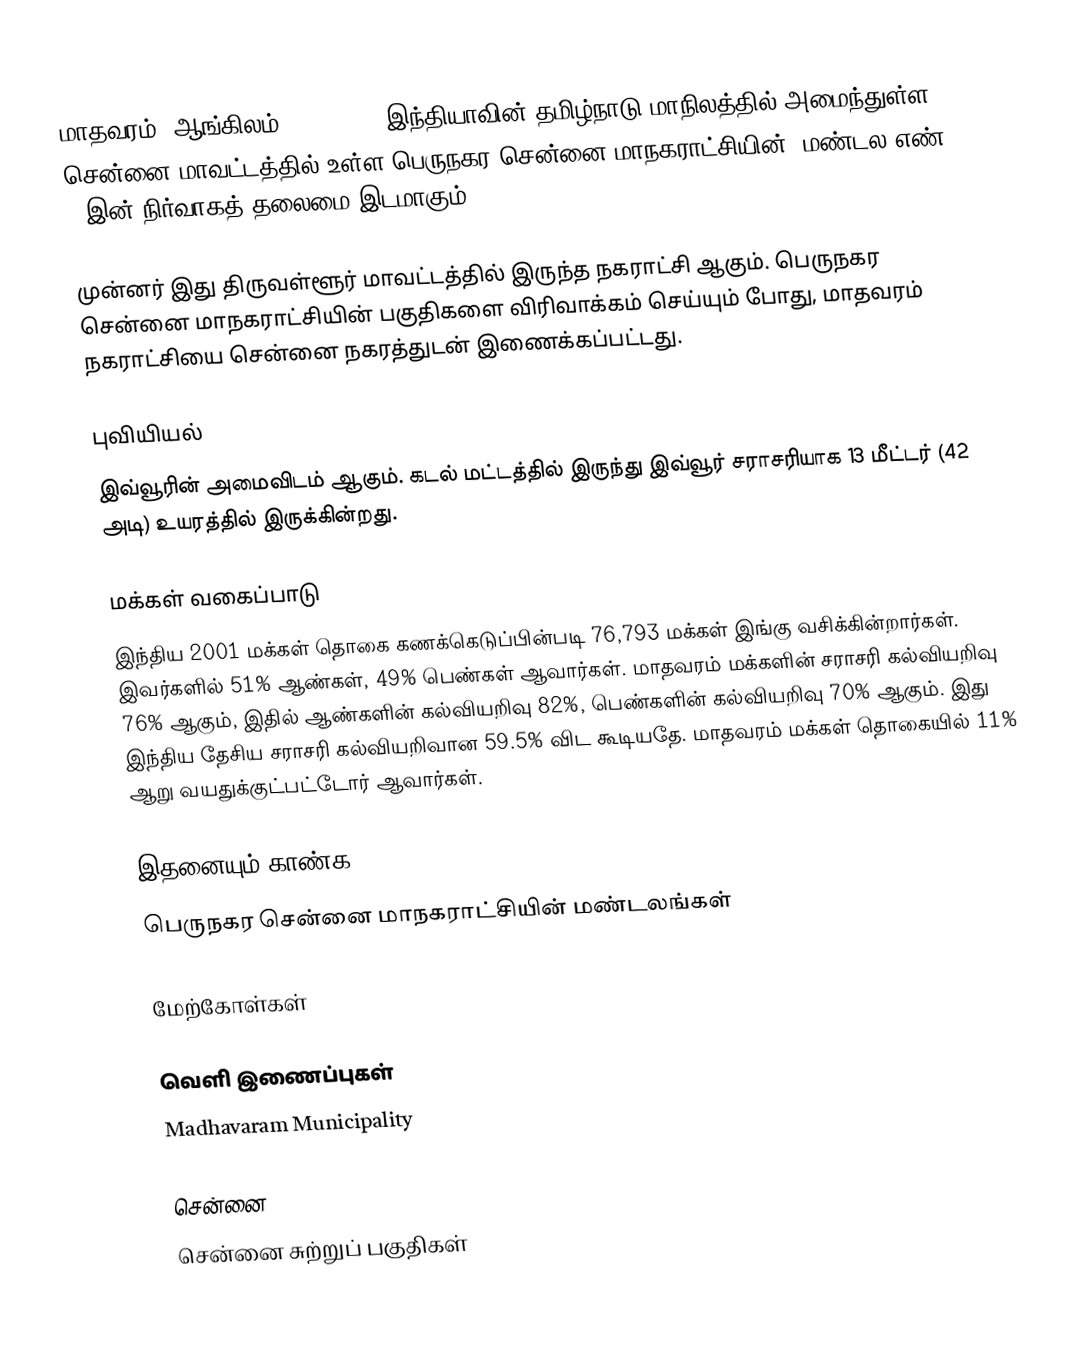
மாதவரம் (ஆங்கிலம்:Madavaram) இந்தியாவின் தமிழ்நாடு மாநிலத்தில் அமைந்துள்ள சென்னை மாவட்டத்தில் உள்ள பெருநகர சென்னை மாநகராட்சியின், மண்டல எண் 3-இன் நிர்வாகத் தலைமை இடமாகும்.

முன்னர் இது திருவள்ளூர் மாவட்டத்தில் இருந்த நகராட்சி ஆகும். பெருநகர சென்னை மாநகராட்சியின் பகுதிகளை விரிவாக்கம் செய்யும் போது, மாதவரம் நகராட்சியை சென்னை நகரத்துடன் இணைக்கப்பட்டது.

புவியியல்
இவ்வூரின் அமைவிடம்  ஆகும். கடல் மட்டத்தில் இருந்து இவ்வூர் சராசரியாக 13 மீட்டர் (42 அடி) உயரத்தில் இருக்கின்றது.

மக்கள் வகைப்பாடு
இந்திய 2001 மக்கள் தொகை கணக்கெடுப்பின்படி 76,793 மக்கள் இங்கு வசிக்கின்றார்கள். இவர்களில் 51% ஆண்கள், 49% பெண்கள் ஆவார்கள். மாதவரம் மக்களின் சராசரி கல்வியறிவு 76% ஆகும்,  இதில் ஆண்களின் கல்வியறிவு 82%,  பெண்களின் கல்வியறிவு 70% ஆகும். இது இந்திய தேசிய சராசரி கல்வியறிவான 59.5% விட கூடியதே. மாதவரம் மக்கள் தொகையில் 11%  ஆறு வயதுக்குட்பட்டோர் ஆவார்கள்.

இதனையும் காண்க
 பெருநகர சென்னை மாநகராட்சியின் மண்டலங்கள்

மேற்கோள்கள்

வெளி இணைப்புகள்
 Madhavaram Municipality

சென்னை
சென்னை சுற்றுப் பகுதிகள்